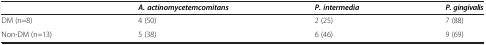
|  | A. actinomycetemcomitans | P. intermedia | P. gingivalis |
 | --- | --- | --- | --- |
 | DM (n=8) | 4 (50) | 2 (25) | 7 (88) |
 | Non-DM (n=13) | 5 (38) | 6 (46) | 9 (69) |